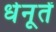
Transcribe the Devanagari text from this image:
धेनूतें